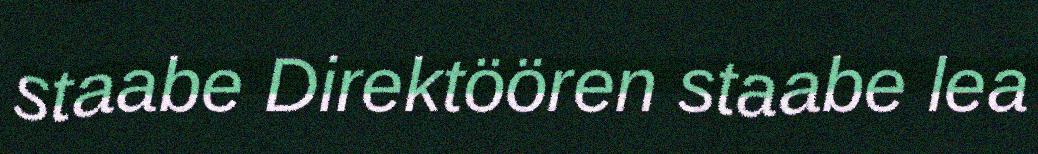
staabe Direktöören staabe lea